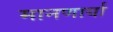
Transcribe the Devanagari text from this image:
मानणार्या